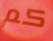
كم